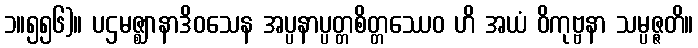
၁။၅၅၆)။ ပဌမဇ္ဈာနာဒိဝသေန အပ္ပနာပ္ပတ္တစိတ္တဿေဝ ဟိ အယံ ဝိကုဗ္ဗနာ သမ္ပဇ္ဇတိ။